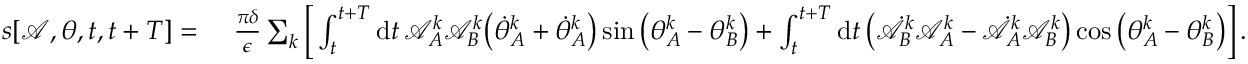
\begin{array} { r l } { s [ \mathcal { A } , \theta , t , t + T ] = ~ } & { \frac { \pi \delta } { \epsilon } \sum _ { k } \bigg [ \int _ { t } ^ { t + T } \mathrm { d } t \, \mathcal { A } _ { A } ^ { k } \mathcal { A } _ { B } ^ { k } \big ( \dot { \theta } _ { A } ^ { k } + \dot { \theta } _ { A } ^ { k } \big ) \sin \big ( \theta _ { A } ^ { k } - \theta _ { B } ^ { k } \big ) + \int _ { t } ^ { t + T } \mathrm { d } t \, \big ( \dot { \mathcal { A } } _ { B } ^ { k } \mathcal { A } _ { A } ^ { k } - \dot { \mathcal { A } } _ { A } ^ { k } \mathcal { A } _ { B } ^ { k } \big ) \cos \big ( \theta _ { A } ^ { k } - \theta _ { B } ^ { k } \big ) \bigg ] \, . } \end{array}